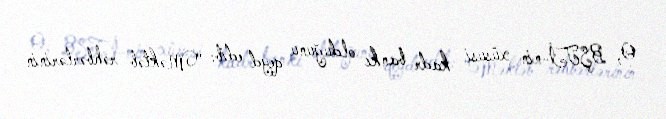
O, BŞTİ-nin xüsusi kadr bankı olduğunu qeyd edib: “Məktəb rəhbərlərinin